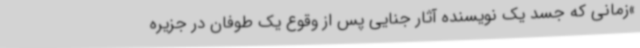
»زمانی که جسد یک نویسنده آثار جنایی پس از وقوع یک طوفان در جزیره